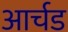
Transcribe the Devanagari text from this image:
आर्चड